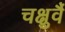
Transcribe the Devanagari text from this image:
चक्षुर्वै